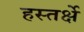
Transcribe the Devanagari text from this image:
हस्तर्क्षे